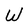
Character: W